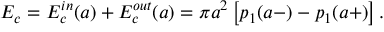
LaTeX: E _ { c } = E _ { c } ^ { i n } ( a ) + E _ { c } ^ { o u t } ( a ) = \pi a ^ { 2 } \left[ p _ { 1 } ( a - ) - p _ { 1 } ( a + ) \right] .